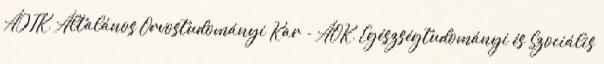
ÁJTK, Általános Orvostudományi Kar - ÁOK, Egészségtudományi és Szociális